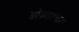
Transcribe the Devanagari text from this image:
झेब्र्याचा